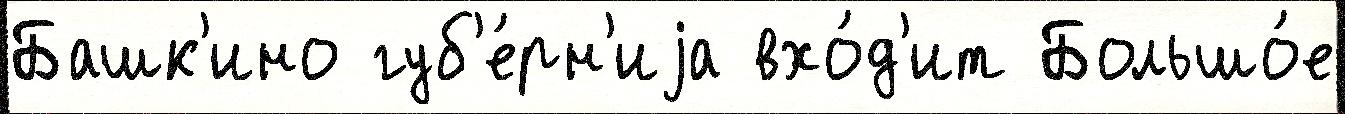
Башк'ино губ'е́рн'иjа вхо́д'ит Большо́е